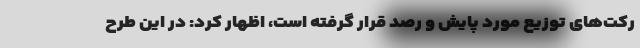
رکت‌های توزیع مورد پایش و رصد قرار گرفته است، اظهار کرد: در این طرح